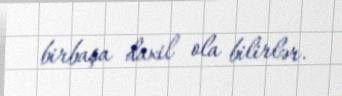
birbaşa daxil ola bilirlər.